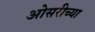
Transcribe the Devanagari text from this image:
ओसरीच्या